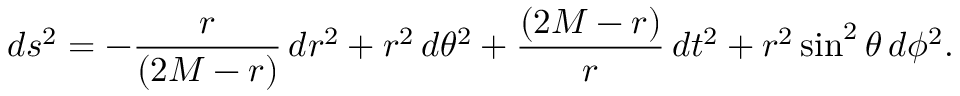
d s ^ { 2 } = - { \frac { r } { ( 2 M - r ) } } \, d r ^ { 2 } + r ^ { 2 } \, d \theta ^ { 2 } + { \frac { ( 2 M - r ) } { r } } \, d t ^ { 2 } + r ^ { 2 } \sin ^ { 2 } \theta \, d \phi ^ { 2 } .